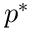
p ^ { * }